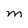
Character: M